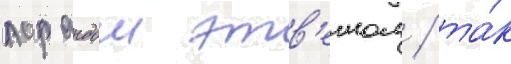
лорандом этв'ешом / та́к